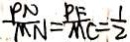
\frac { P N } { M N } = \frac { P F } { M C } = \frac { 1 } { 2 }